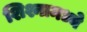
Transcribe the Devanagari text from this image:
शिश्नामध्ये